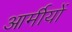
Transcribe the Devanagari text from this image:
आर्मीयों